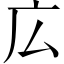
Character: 広